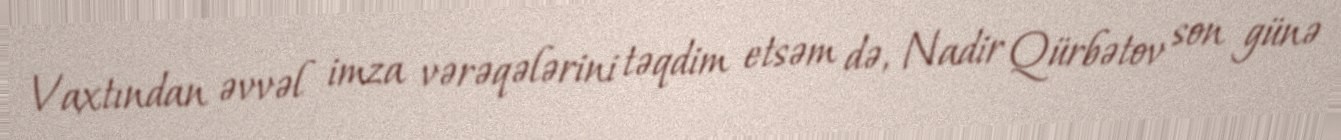
Vaxtından əvvəl imza vərəqələrini təqdim etsəm də, Nadir Qürbətov son günə